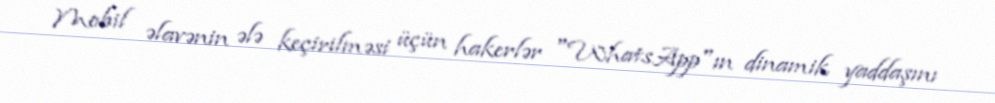
Mobil əlavənin ələ keçirilməsi üçün hakerlər "WhatsApp"ın dinamik yaddaşını